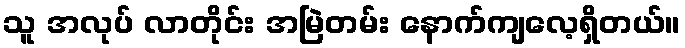
သူ အလုပ် လာတိုင်း အမြဲတမ်း နောက်ကျလေ့ရှိတယ်။